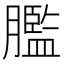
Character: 𦡶